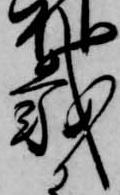
載